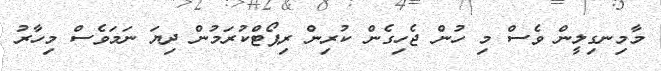
މާމިނގިލީން ވެސް މި ހުން ޖެހިގެން ކުރިން ރިޕޯޓްކުރަމުން ދިޔަ ނަމަވެސް މިހާރު